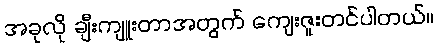
အခုလို ချီးကျူးတာအတွက် ကျေးဇူးတင်ပါတယ်။